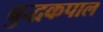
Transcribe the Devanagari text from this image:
बुद्धकपाल